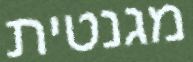
מגנטית